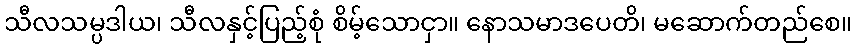
သီလသမ္ပဒါယ၊ သီလနှင့်ပြည့်စုံ စိမ့်သောငှာ။ နောသမာဒပေတိ၊ မဆောက်တည်စေ။